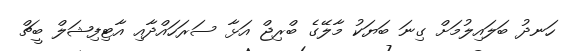
ހަނދު ބަލައިލުމަށް ގިނަ ބަޔަކު މާލޭގެ ބްރިޖް އަޅާ ސަރަހައްދާއި އާޓިފިޝަލް ބީޗް